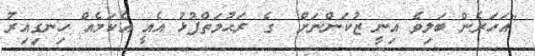
"އަހަރެން ބަލިވެ އިނީ ޒުކަންނަށް  ގެ ރަޙުމަތްފުޅު އެއީ އެކަމެއް ހިނގިއިރު